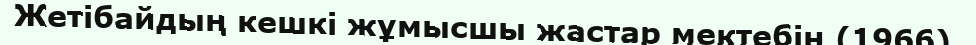
Жетібайдың кешкі жұмысшы жастар мектебін (1966).